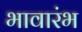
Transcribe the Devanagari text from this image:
भावारंभ